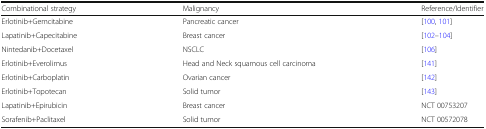
<table><thead><tr><td><b>Combinational strategy</b></td><td><b>Malignancy</b></td><td><b>Reference/Identifier</b></td></tr></thead><tbody><tr><td>Erlotinib+Gemcitabine</td><td>Pancreatic cancer</td><td>[100, 101]</td></tr><tr><td>Lapatinib+Capecitabine</td><td>Breast cancer</td><td>[102–104]</td></tr><tr><td>Nintedanib+Docetaxel</td><td>NSCLC</td><td>[106]</td></tr><tr><td>Erlotinib+Everolimus</td><td>Head and Neck squamous cell carcinoma</td><td>[141]</td></tr><tr><td>Erlotinib+Carboplatin</td><td>Ovarian cancer</td><td>[142]</td></tr><tr><td>Erlotinib+Topotecan</td><td>Solid tumor</td><td>[143]</td></tr><tr><td>Lapatinib+Epirubicin</td><td>Breast cancer</td><td>NCT 00753207</td></tr><tr><td>Sorafenib+Paclitaxel</td><td>Solid tumor</td><td>NCT 00572078</td></tr></tbody></table>